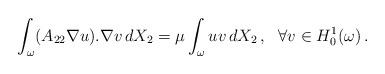
LaTeX: \begin{align*}\int_{\omega}(A_{22} \nabla u). \nabla v \,dX_2 = \mu\int_{\omega}uv\,dX_2\,,~~\forall v\in H_0^1(\omega)\,.\end{align*}